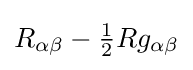
R_{\alpha \beta }-{\tfrac {1}{2}}Rg_{\alpha \beta }